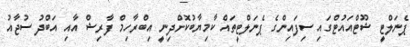
ޕެނަލްޓީ ޝޫޓްއައުޓްގައި ސިފައިންގެ ޕެނަލްޓީތައް ކާމިޔާބުކޮށްދިނީ އިބްރާހިމް ފާރިޝް އާއި އަބްދު ސުޖާއު